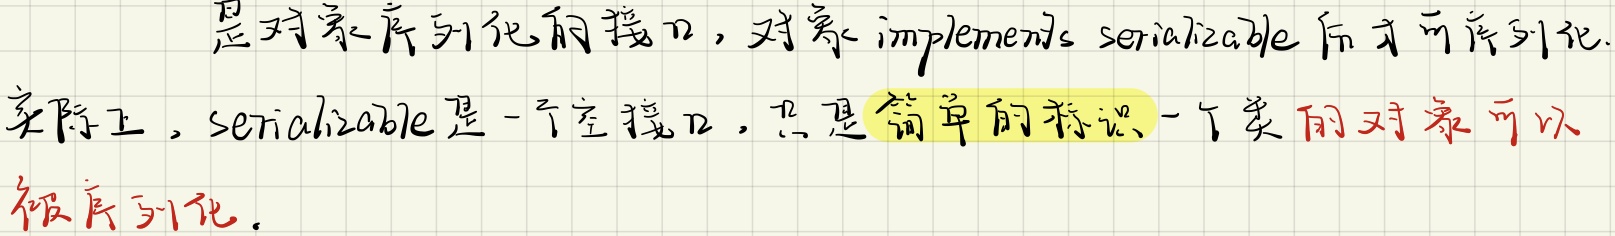
是对象序列化的接口，对象implements serializable后才可序列化.实际上，serializable是一个空接口，只是简单的标识一个类的对象可以被序列化.